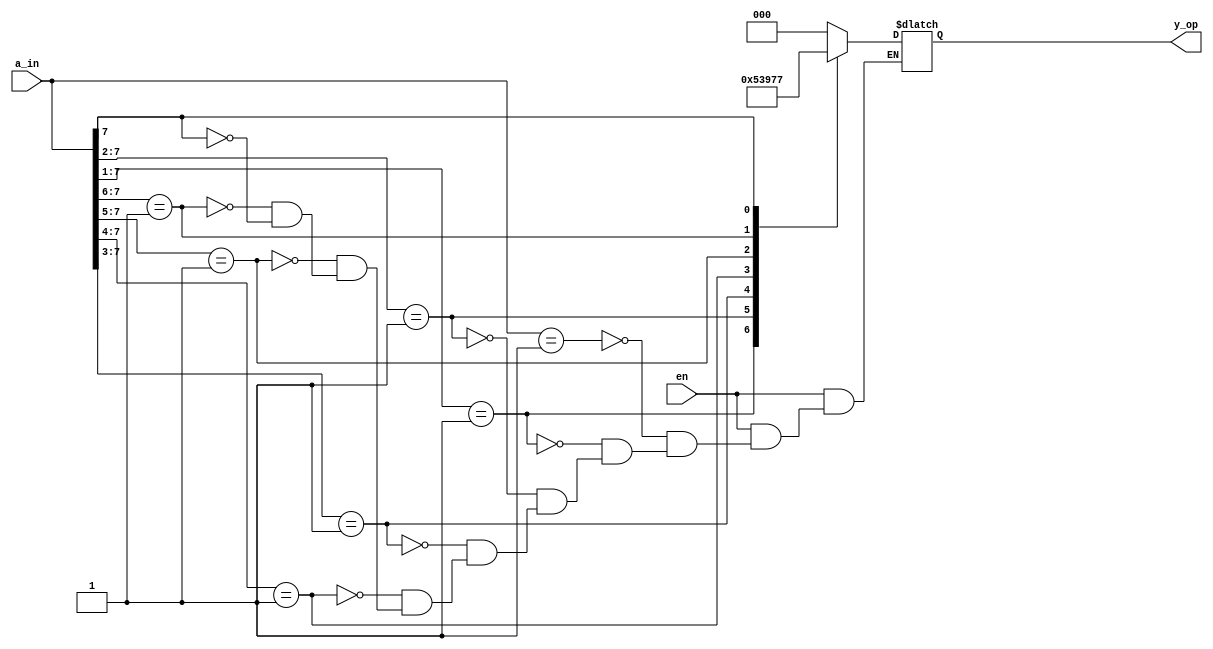
`timescale 1ns / 1ps
//////////////////////////////////////////////////////////////////////////////////
// Company: 
// Engineer: 
// 
// Design Name: 
// Module Name: prio_enco
// Project Name: 
// Target Devices: 
// Tool Versions: 
// Description: 
// 
// Dependencies: 
// 
// Revision:
// Revision 0.01 - File Created
// Additional Comments:
// 
//////////////////////////////////////////////////////////////////////////////////


module prio_enco(en, a_in, y_op);
input en;
input [7:0] a_in;
output reg[2:0] y_op;

always@(*)
begin
    if(en)
        begin
        casex (a_in)
            8'b00000001: y_op= 3'b000;
            8'b0000001x: y_op= 3'b001;
            8'b000001xx: y_op= 3'b010;
            8'b00001xxx: y_op= 3'b011;
            8'b0001xxxx: y_op= 3'b100;
            8'b001xxxxx: y_op= 3'b101;
            8'b01xxxxxx: y_op= 3'b110;
            8'b1xxxxxxx: y_op= 3'b111;
        endcase
        end
    else
        y_op='hz;
end
endmodule